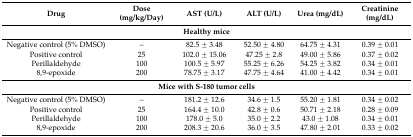
| Drug | Dose (mg/kg/Day) | AST (U/L) | ALT (U/L) | Urea (mg/dL) | Creatinine (mg/dL) |
 | --- | --- | --- | --- | --- | --- |
 | <COLSPAN=6> Healthy mice |
 | Negative control (5% DMSO) | – | 82.5 ± 3.48 | 52.50 ± 4.80 | 64.75 ± 4.31 | 0.39 ± 0.01 |
 | Positive control | 25 | 102.0 ± 15.06 | 47.25 ± 2.8 | 49.00 ± 5.86 | 0.37 ± 0.02 |
 | Perillaldehyde | 100 | 100.5 ± 5.97 | 55.25 ± 6.26 | 54.25 ± 3.82 | 0.34 ± 0.01 |
 | 8,9-epoxide | 200 | 78.75 ± 3.17 | 47.75 ± 4.64 | 41.00 ± 4.42 | 0.34 ± 0.01 |
 | <COLSPAN=6> Mice with S-180 tumor cells |
 | Negative control (5% DMSO) | – | 181.2 ± 12.6 | 34.6 ± 1.5 | 55.20 ± 1.81 | 0.34 ± 0.02 |
 | Positive control | 25 | 164.4 ± 10.0 | 42.8 ± 0.6 | 50.71 ± 2.18 | 0.28 ± 0.09 |
 | Perillaldehyde | 100 | 178.0 ± 5.0 | 35.0 ± 2.2 | 43.0 ± 1.08 | 0.34 ± 0.01 |
 | 8,9-epoxide | 200 | 208.3 ± 20.6 | 36.0 ± 3.5 | 47.80 ± 2.01 | 0.33 ± 0.02 |